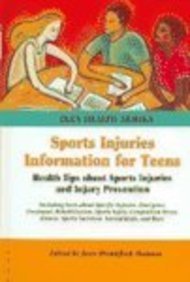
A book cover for Sports Injuries Information for Teens: Health Tips About Sports Injuries and Injury Prevention (Teen Health Series); Joyce Brennfleck Shannon; Teen & Young Adult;